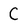
Character: C